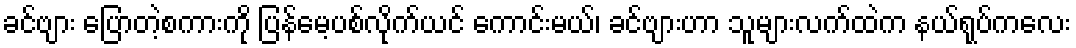
ခင်ဗျား ပြောတဲ့စကားကို ပြန်မေ့ပစ်လိုက်ယင် ကောင်းမယ်၊ ခင်ဗျားဟာ သူများလက်ထဲက နယ်ရုပ်ကလေး